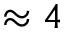
\approx 4